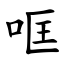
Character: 哐